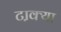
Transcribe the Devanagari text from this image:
टा़क्या